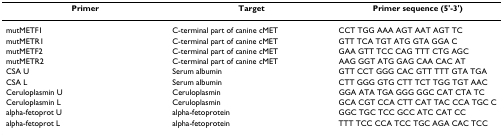
| Primer | Target | Primer sequence (5'-3') |
 | --- | --- | --- |
 | mutMETF1 | C-terminal part of canine cMET | CCT TGG AAA AGT AAT AGT TC |
 | mutMETR1 | C-terminal part of canine cMET | GTT TCA TGT ATG GTA GGA C |
 | mutMETF2 | C-terminal part of canine cMET | GAA GTT TCC CAG TTT CTG AGC |
 | mutMETR2 | C-terminal part of canine cMET | AAG GGT ATG GAG CAA CAC AT |
 | CSA U | Serum albumin | GTT CCT GGG CAC GTT TTT GTA TGA |
 | CSA L | Serum albumin | CTT GGG GTG CTT TCT TGG TGT AAC |
 | Ceruloplasmin U | Ceruloplasmin | GGA ATA TGA GGG GGC CAT CTA TC |
 | Ceruloplasmin L | Ceruloplasmin | GCA CGT CCA CTT CAT TAC CCA TGC C |
 | alpha-fetoprot U | alpha-fetoprotein | GGC TGC TCC GCC ATC CAT CC |
 | alpha-fetoprot L | alpha-fetoprotein | TTT TCC CCA TCC TGC AGA CAC TCC |